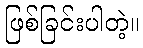
ဖြစ်ခြင်းပါတဲ့။